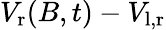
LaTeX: V_{\mathrm{r}}(B,t)-V_{\mathrm{l,r}}